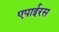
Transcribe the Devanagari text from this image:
एपाईरस